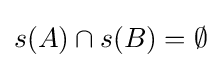
s(A)\cap s(B)=\emptyset